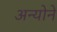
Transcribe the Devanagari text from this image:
अन्योने